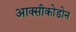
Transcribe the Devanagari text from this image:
आक्सीकोडोन